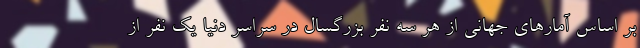
بر اساس آمارهای جهانی از هر سه نفر بزرگسال در سراسر دنیا یک نفر از